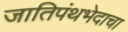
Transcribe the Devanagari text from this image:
जातिपंथभेदाचा